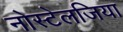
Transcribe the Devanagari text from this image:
नोस्‍टेलजिया